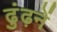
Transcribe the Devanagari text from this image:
ढुंढ़नें